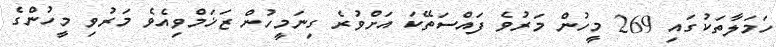
ހަމަލާތަކުގައި 269 މީހުން މަރުވެ ފައްސަތޭކަ އަށްވުރެ ގިނަމީހުން ޒަޚަމްވިއެވެ މަރުވި މީހުންގެ